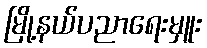
မြို့နယ်ပညာရေးမှူး